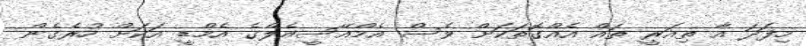
މިފަދަ އާ ތިއަރީ ތައް އެއްގޮތަކަށް ވެސް އެމްއޭސީއެލްގެ އެމްޑީ އަކަށް ހުރެގެން